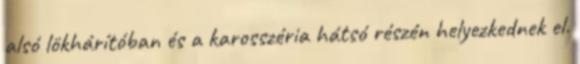
alsó lökhárítóban és a karosszéria hátsó részén helyezkednek el.